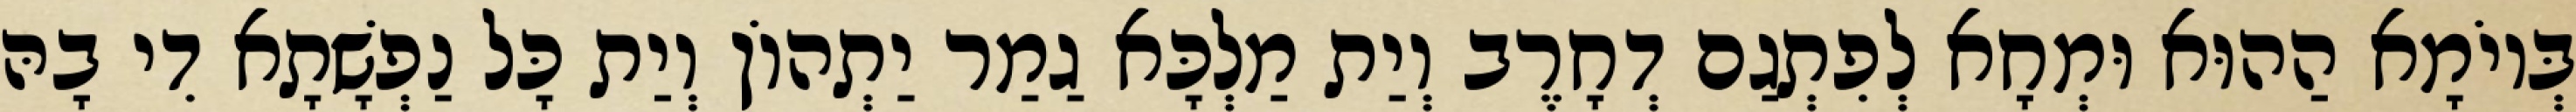
בְּיוֹמָא הַהוּא וּמְחָא לְפִתְגַם דְחָרֶב וְיַת מַלְכָּא גַמַר יַתְהוֹן וְיַת כָּל נַפְשָׁתָא דִי בָהּ